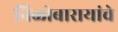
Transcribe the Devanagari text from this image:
निळोबारायांचे